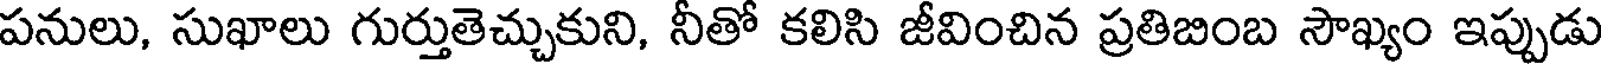
పనులు, సుఖాలు గుర్తుతెచ్చుకుని, నీతో కలిసి జీవించిన ప్రతిబింబ సౌఖ్యం ఇప్పుడు